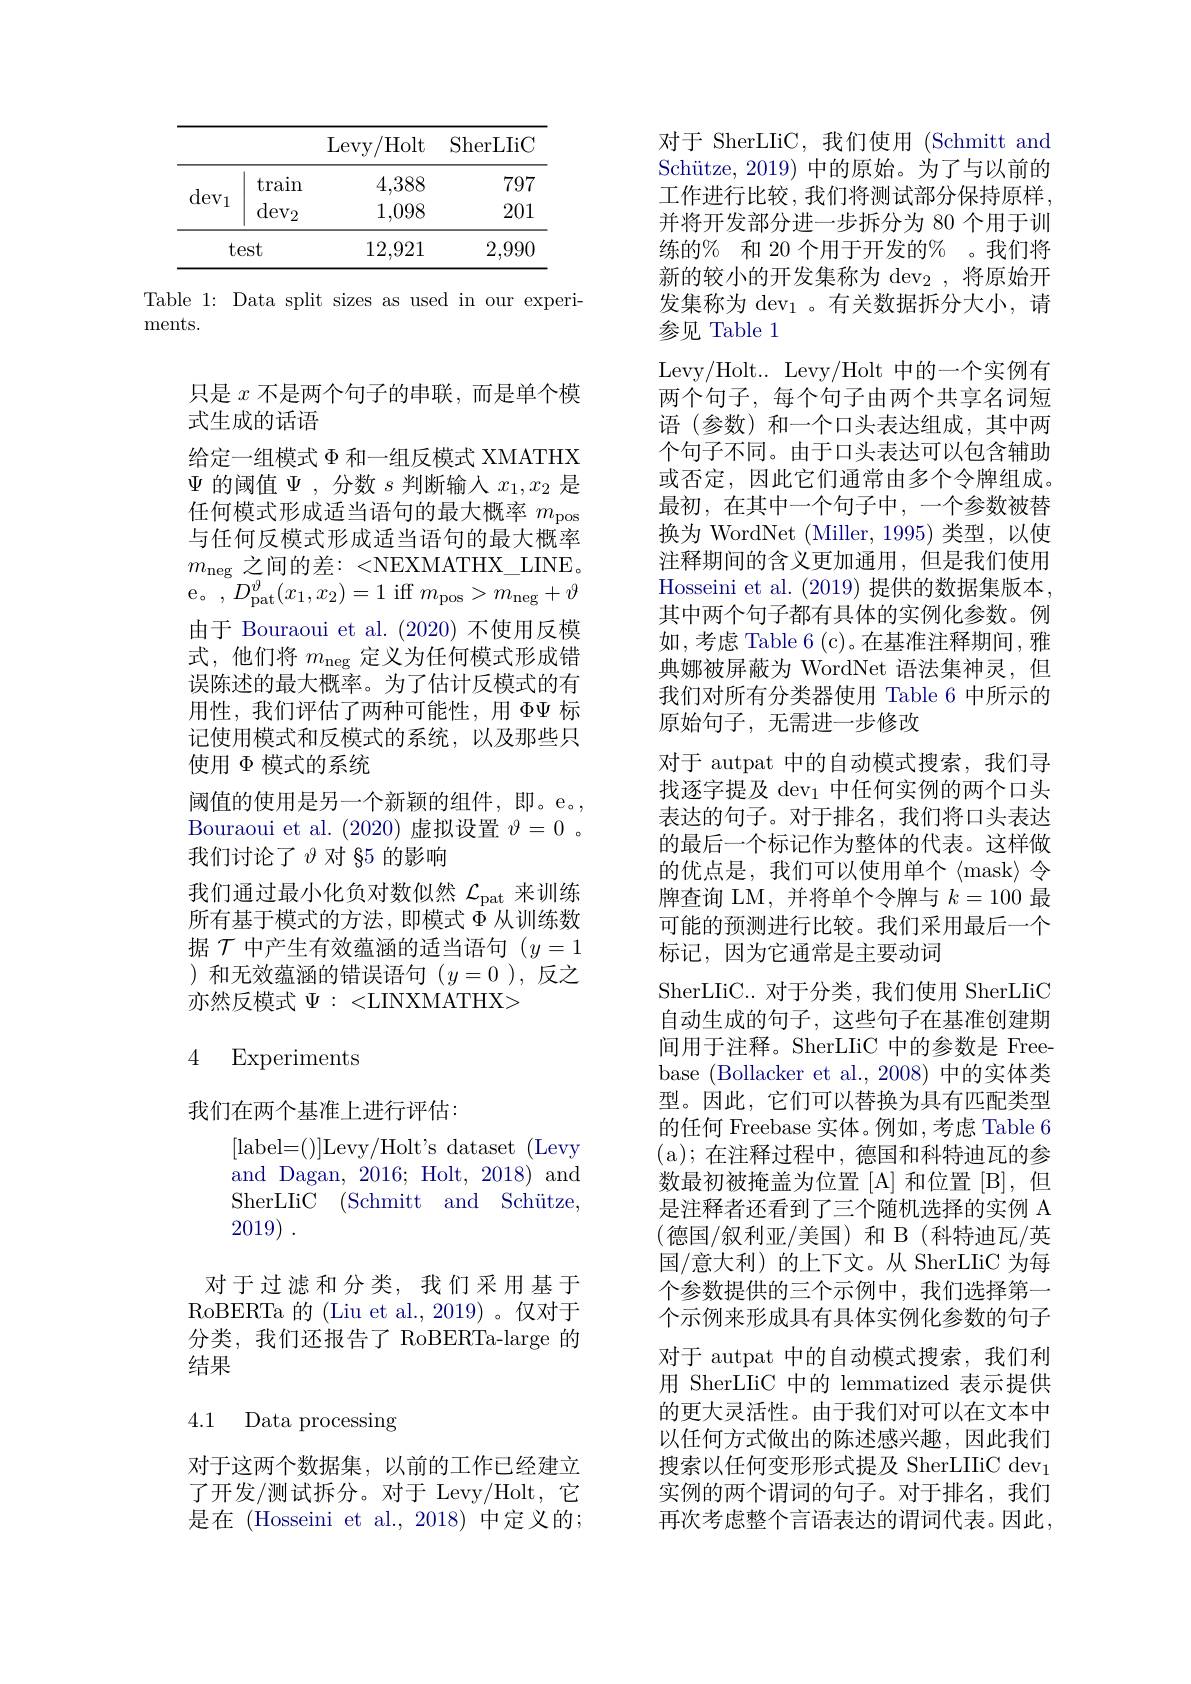
<table>
	<tbody>
		<tr>
			<th> </th>
			<th> </th>
			<th>Levy, $^{/ }$Holt</th>
			<th>SherLIiC</th>
		</tr>
		<tr>
			<td>1</td>
			<td>$\tan$</td>
			<td>4,388</td>
			<td>797</td>
		</tr>
		<tr>
			<td>$\operatorname{uev}1$</td>
			<td>$\mathrm{dev}_{2}$</td>
			<td>1,098</td>
			<td>201</td>
		</tr>
		<tr>
			<td>$t\epsilon$</td>
			<td>est</td>
			<td>12,921</td>
			<td>2,990</td>
		</tr>
	</tbody>
</table>

Table 1: Data split sizes as used in our experi-
ments.

只是$x$不是两个句子的串联，而是单个模
式生成的话语
给定一组模式$\Phi$和一组反模式 XMATHX $\Psi$的阈值$\Psi$ ,分数$s$判断输入$x_1,x_2$是任何模式形成适当语句的最大概率$m_\mathrm{pos}$ 与任何反模式形成适当语句的最大概率$m_{\mathrm{neg}}$之间的差：<NEXMATHX\_LINE。e。$,D_{\mathrm{pat}}^{\vartheta}(x_{1},x_{2})=1$iff$m_\mathrm{pos}>m_\mathrm{neg}+\vartheta$ 由于 Bouraoui et al. (2020) 不使用反模式，他们将$m_\mathrm{neg}$定义为任何模式形成错误陈述的最大概率。为了估计反模式的有用性，我们评估了两种可能性，用$\Phi\Psi$标记使用模式和反模式的系统，以及那些只使用$\Phi$模式的系统
阈值的使用是另一个新颖的组件，即。e。, Bouraoui et al. (2020)虚拟设置$\vartheta=0$ 。我们讨论了$\vartheta$对 §5 的影响
我们通过最小化负对数似然$\mathcal{L}_\mathrm{pat}$来训练所有基于模式的方法，即模式$\Phi$从训练数据$\mathcal{T}$中产生有效蕴涵的适当语句$(y=1$ )和无效蕴涵的错误语句($y=0$),反之亦然反模式$\Psi:<$LINXMATHX>

### 4 Experiments

我们在两个基准上进行评估：
$$[$label=()]$Levy/Holt's dataset (Levy

and Dagan, 2016; Holt, 2018) and

SherLIiC (Schmitt and Schütze,

2019) .

对于过滤和分类，我们采用基于RoBERTa 的 (Liu et al., 2019) 。仅对于分类，我们还报告了 RoBERTa-large 的结果

4.1 Data processing

对于这两个数据集，以前的工作已经建立了开发/测试拆分。对于 Levy/Holt, 它是在 (Hosseini et al., 2018) 中定义的；

对于 SherLIiC, 我们使用 (Schmitt and Schütze, 2019) 中的原始。为了与以前的工作进行比较，我们将测试部分保持原样， 并将开发部分进一步拆分为 80 个用于训练的% 和 20 个用于开发的% 。我们将新的较小的开发集称为 dev$_2$,将原始开发集称为 dev$_1$ 。有关数据拆分大小，请参见 Table 1
Levy/Holt...Levy/Holt 中的一个实例有两个句子，每个句子由两个共享名词短语(参数)和一个口头表达组成，其中两个句子不同。由于口头表达可以包含辅助或否定，因此它们通常由多个令牌组成。最初，在其中一个句子中，一个参数被替换为 WordNet (Miller, 1995) 类型，以使注释期间的含义更加通用，但是我们使用Hosseini et al. (2019) 提供的数据集版本， 其中两个句子都有具体的实例化参数。例如，考虑 Table 6 (c)。在基准注释期间，雅典娜被屏蔽为 WordNet 语法集神灵，但我们对所有分类器使用 Table 6 中所示的原始句子，无需进一步修改
对于 autpat 中的自动模式搜索，我们寻找逐字提及 dev$_1$中任何实例的两个口头表达的句子。对于排名，我们将口头表达的最后一个标记作为整体的代表。这样做的优点是，我们可以使用单个《mask》令牌查询 LM,并将单个令牌与$k=100$最可能的预测进行比较。我们采用最后一个标记，因为它通常是主要动词
SherLIiC.. 对于分类，我们使用 SherLIiC 自动生成的句子，这些句子在基准创建期间用于注释。SherLIiC 中的参数是 Freebase (Bollacker et al., 2008) 中的实体类型。因此，它们可以替换为具有匹配类型的任何 Freebase 实体。例如，考虑 Table 6 (a);在注释过程中，德国和科特迪瓦的参数最初被掩盖为位置[A] 和位置[B],但是注释者还看到了三个随机选择的实例 A (德国/叙利亚/美国)和 B(科特迪瓦/英国/意大利) 的上下文。从 SherLIiC 为每个参数提供的三个示例中，我们选择第一个示例来形成具有具体实例化参数的句子对于 autpat 中的自动模式搜索，我们利用 SherLIiC 中的 lemmatized 表示提供的更大灵活性。由于我们对可以在文本中以任何方式做出的陈述感兴趣，因此我们搜索以任何变形形式提及 SherLIIiC dev$_1$ 实例的两个谓词的句子。对于排名，我们再次考虑整个言语表达的谓词代表。因此，